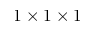
1 \times 1 \times 1